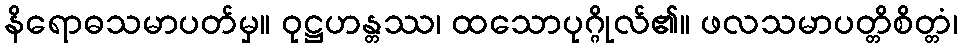
နိရောဓသမာပတ်မှ။ ဝုဋ္ဌဟန္တဿ၊ ထသောပုဂ္ဂိုလ်၏။ ဖလသမာပတ္တိစိတ္တံ၊